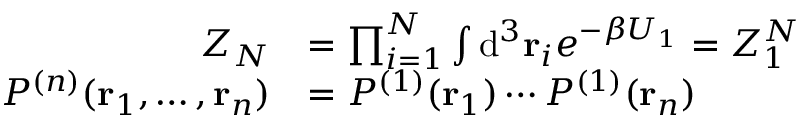
{ \begin{array} { r l } { Z _ { N } } & { = \prod _ { i = 1 } ^ { N } \int \mathrm { d } ^ { 3 } \mathbf { r } _ { i } e ^ { - \beta U _ { 1 } } = Z _ { 1 } ^ { N } } \\ { P ^ { ( n ) } ( \mathbf { r } _ { 1 } , \dots , \mathbf { r } _ { n } ) } & { = P ^ { ( 1 ) } ( \mathbf { r } _ { 1 } ) \cdots P ^ { ( 1 ) } ( \mathbf { r } _ { n } ) } \end{array} }